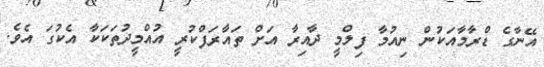
އޭނާގެ ޑްރާމާއަކުން ނިއުމާ ފިލްމީ ދާއިރާ އަށް ތައާރަފްކުރީ އުއްމީދުތަކަކާ އެކުގަ އެވެ.